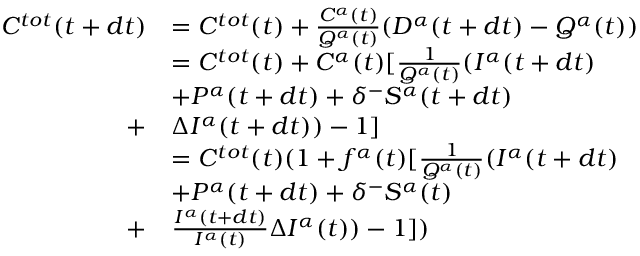
\begin{array} { r l } { C ^ { t o t } ( t + d t ) } & { = C ^ { t o t } ( t ) + \frac { C ^ { \alpha } ( t ) } { Q ^ { \alpha } ( t ) } ( D ^ { \alpha } ( t + d t ) - Q ^ { \alpha } ( t ) ) } \\ & { = C ^ { t o t } ( t ) + C ^ { \alpha } ( t ) [ \frac { 1 } { Q ^ { \alpha } ( t ) } ( I ^ { \alpha } ( t + d t ) } \\ & { + P ^ { \alpha } ( t + d t ) + \delta ^ { - } S ^ { \alpha } ( t + d t ) } \\ { + } & { \Delta I ^ { \alpha } ( t + d t ) ) - 1 ] } \\ & { = C ^ { t o t } ( t ) ( 1 + f ^ { \alpha } ( t ) [ \frac { 1 } { Q ^ { \alpha } ( t ) } ( I ^ { \alpha } ( t + d t ) } \\ & { + P ^ { \alpha } ( t + d t ) + \delta ^ { - } S ^ { \alpha } ( t ) } \\ { + } & { \frac { I ^ { \alpha } ( t + d t ) } { I ^ { \alpha } ( t ) } \Delta I ^ { \alpha } ( t ) ) - 1 ] ) } \end{array}